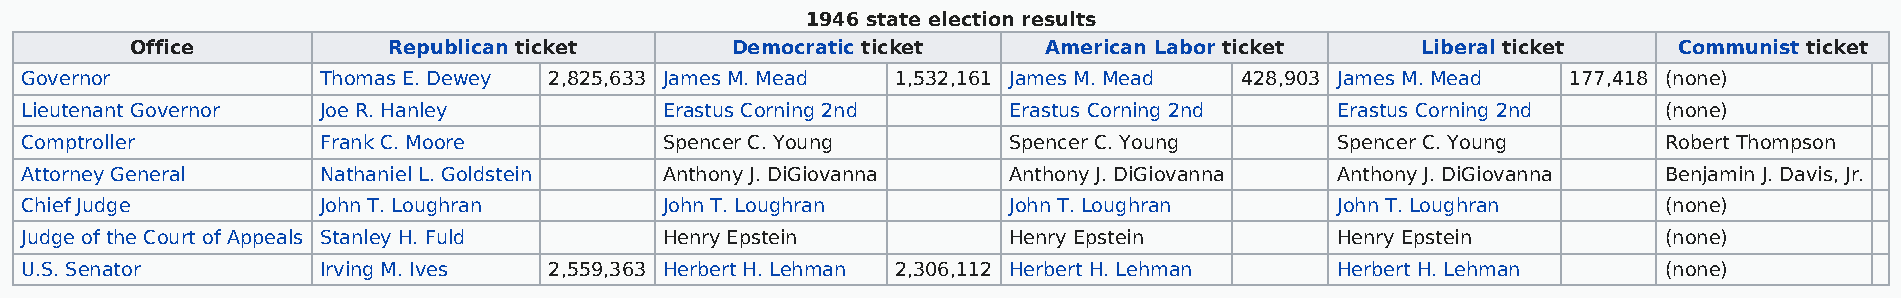
1946 state election results
 Office           Republican ticket     Democratic ticket    American Labor ticket    Liberal ticket   Communist ticket
 Governor            Thomas E. Dewey 2,825,633 James M. Mead 1,532,161 James M. Mead 428,903 James M. Mead 177,418 (none)
 Lieutenant Governor Joe R. Hanley          Erastus Corning 2nd    Erastus Corning 2nd  Erastus Corning 2nd   (none)
 Comptroller         Frank C. Moore         Spencer C. Young       Spencer C. Young     Spencer C. Young      Robert Thompson
 Attorney General    Nathaniel L. Goldstein Anthony J. DiGiovanna  Anthony J. DiGiovanna Anthony J. DiGiovanna Benjamin J. Davis, Jr.
 Chief Judge         John T. Loughran       John T. Loughran       John T. Loughran     John T. Loughran      (none)
 Judge of the Court of Appeals Stanley H. Fuld Henry Epstein       Henry Epstein        Henry Epstein         (none)
 U.S. Senator        Irving M. Ives 2,559,363 Herbert H. Lehman 2,306,112 Herbert H. Lehman Herbert H. Lehman (none)